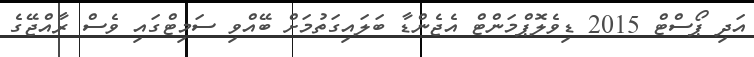
އަދި ޕޯސްޓް 2015 ޑިވެލޮޕްމަންޓް އެޖެންޑާ ބަލައިގަތުމަށް ބޭއްވި ސަމިޓްގައި ވެސް ރާއްޖޭގެ